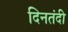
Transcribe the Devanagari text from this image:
दिनतंदी